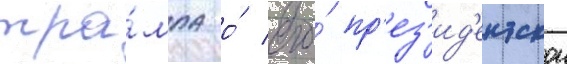
тра́мпа о́ его́ пр'ез'ид'ентскои